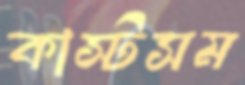
কাস্টসম